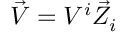
{ \vec { V } } = V ^ { i } { \vec { Z } } _ { i }